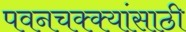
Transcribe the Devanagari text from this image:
पवनचक्क्यांसाठी